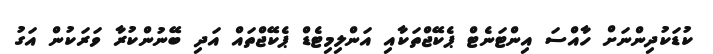
ކުޑަކުދިންނަށް ހާއްސަ އިންޓަނެޓް ޕެކޭޖްތަކާއި އަންލިމިޓެޑް ޕެކޭޖްތައް އަދި ބޭނުންކުރާ ވަރަކުން އަގު